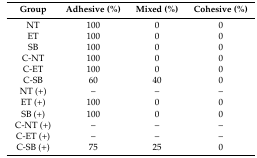
<table><thead><tr><td><b>Group</b></td><td><b>Adhesive (%)</b></td><td><b>Mixed (%)</b></td><td><b>Cohesive (%)</b></td></tr></thead><tbody><tr><td>NT</td><td>100</td><td>0</td><td>0</td></tr><tr><td>ET</td><td>100</td><td>0</td><td>0</td></tr><tr><td>SB</td><td>100</td><td>0</td><td>0</td></tr><tr><td>C-NT</td><td>100</td><td>0</td><td>0</td></tr><tr><td>C-ET</td><td>100</td><td>0</td><td>0</td></tr><tr><td>C-SB</td><td>60</td><td>40</td><td>0</td></tr><tr><td>NT (+)</td><td>–</td><td>–</td><td>–</td></tr><tr><td>ET (+)</td><td>100</td><td>0</td><td>0</td></tr><tr><td>SB (+)</td><td>100</td><td>0</td><td>0</td></tr><tr><td>C-NT (+)</td><td>–</td><td>–</td><td>–</td></tr><tr><td>C-ET (+)</td><td>–</td><td>–</td><td>–</td></tr><tr><td>C-SB (+)</td><td>75</td><td>25</td><td>0</td></tr></tbody></table>